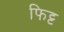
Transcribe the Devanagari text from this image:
फिट्ट